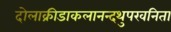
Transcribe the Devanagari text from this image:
दोलाक्रीडाकलानन्दथुपरवनिता